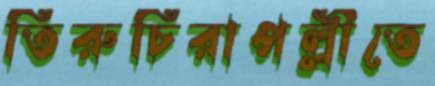
তিরুচিরাপল্লীতে